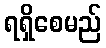
ရရှိစေမည်